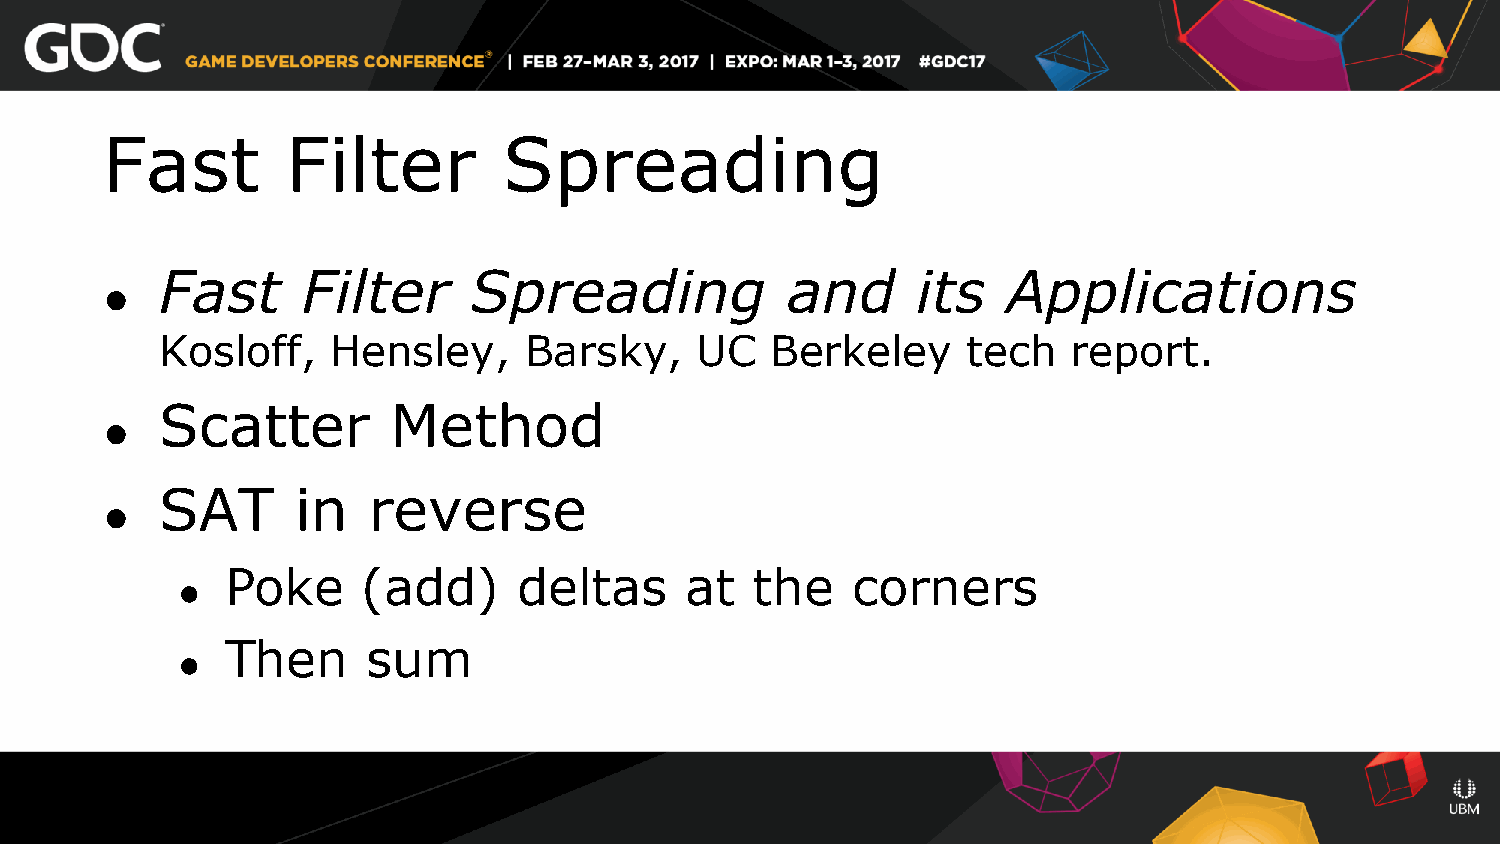
Fast        Filter        Spreading
 Fast     Filter     Spreading            and      its   Applications
 ●
 Kosloff,   Hensley,     Barsky,    UC   Berkeley     tech   report.
 Scatter        Method
 ●
 SAT      in  reverse
 ●
 Poke     (add)     deltas     at   the   corners
 ●
 Then     sum
 ●